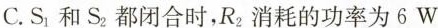
C.S_{1}和S_{2}，都闭合时，R_{2}消耗的功率为6W